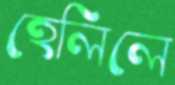
হেলিলে